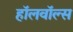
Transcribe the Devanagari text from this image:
हॉलवॉल्स